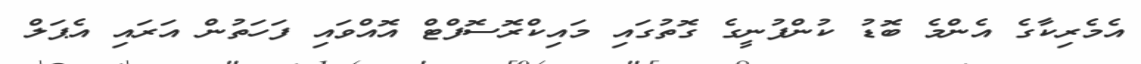
އެމެރިކާގެ އެންމެ ބޮޑު ކުންފުނީގެ ގޮތުގައި މައިކްރޮސޮފްޓް އޮއްވައި ފަހަތުން އަރައި އެޕަލް